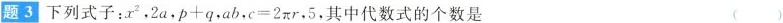
题3下列式子:x^{2},2a,$$p+q$$,ab,$$c-2πr$$.5,其中代数式的个数是